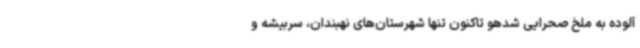
آلوده به ملخ صحرایی شدهو تاکنون تنها شهرستان‌های نهبندان، سربیشه و